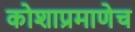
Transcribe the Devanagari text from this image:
कोशाप्रमाणेच